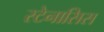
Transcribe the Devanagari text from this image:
स्टेनासिस